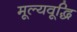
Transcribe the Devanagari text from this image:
मूल्यवूद्धि